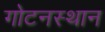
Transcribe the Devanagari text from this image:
गोटनस्थान